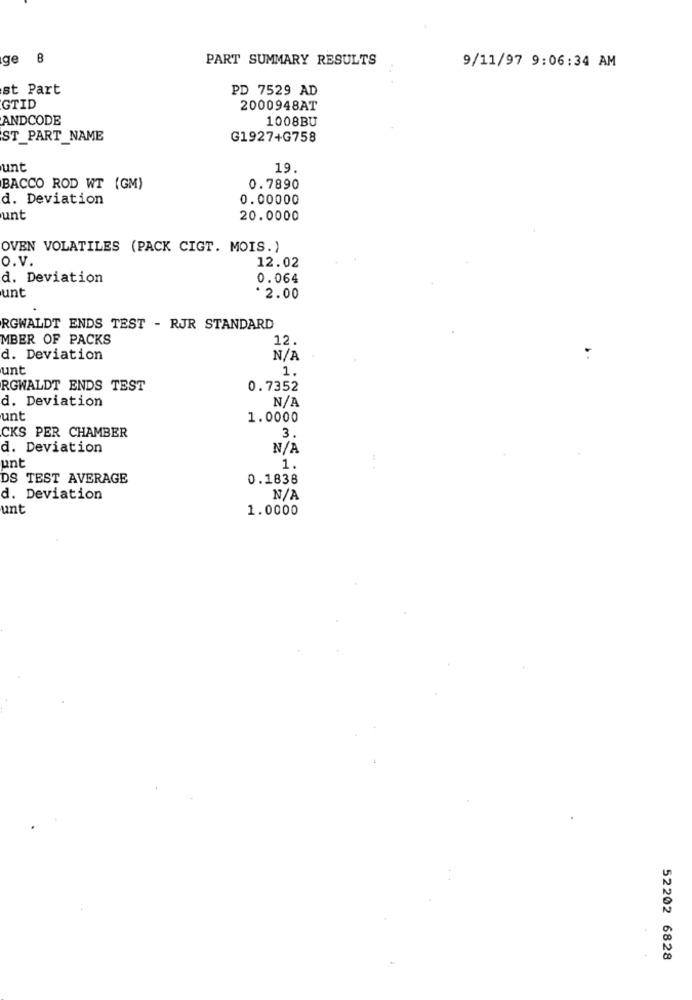
ge B
PART SUMMARY RESULTS
9/11/97 9:06:34 AM
st Part
PD 7529 AD
GTID
2000948AT
ANDCODE
1008BU
ST_PART_NAME
G1927+G758
unt
19.
BACCO ROD WT (GM)
0.7890
d. Deviation
0.00000
unt
20.0000
OVEN VOLATILES (PACK CIGT. MOIS.)
O.v.
12.02
d. Deviation
0.064
unt
* 2.00
RGWALDT ENDS TEST - RJR STANDARD
MBER OF PACKS
12.
d. Deviation
unt
1.
RGWALDT ENDS TEST
0.7352
d. Deviation
unt
1.0000
3.
CKS PER CHAMBER
d. Deviation
unt
1.
DS TEST AVERAGE
0.1838
d. Deviation
unt
1.0000
52202 6828